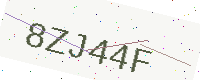
Text: 8ZJ44F